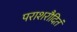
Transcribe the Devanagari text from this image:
पराशरौदितं